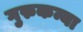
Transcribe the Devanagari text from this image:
गुरुकन्या